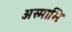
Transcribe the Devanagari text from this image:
अस्माभिः